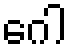
ဂေါ